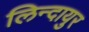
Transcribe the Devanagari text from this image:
लिन्दायुर